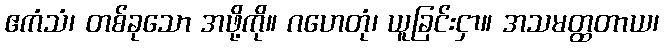
ဧကံသံ၊ တစ်ခုသော အဖို့ကို။ ဂဟေတုံ၊ ယူခြင်းငှာ။ အသမတ္ထတာယ၊